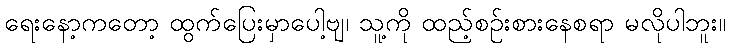
ရေးနော့ကတော့ ထွက်ပြေးမှာပေါ့ဗျ၊ သူ့ကို ထည့်စဉ်းစားနေစရာ မလိုပါဘူး။